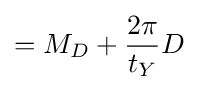
=M_{D}+{\frac {2\pi }{t_{Y}}}D